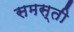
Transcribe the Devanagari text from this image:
समस्ती